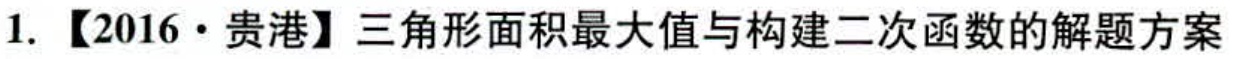
1. 【2016·贵港】三角形面积最大值与构建二次函数的解题方案